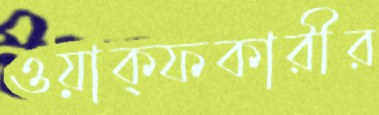
ওয়াক্ফকারীর